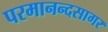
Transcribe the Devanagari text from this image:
परमानन्दसागर